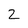
Character: 2